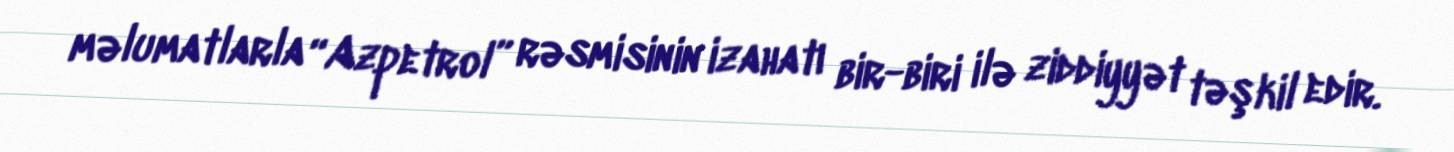
məlumatlarla “Azpetrol” rəsmisinin izahatı bir-biri ilə ziddiyyət təşkil edir.